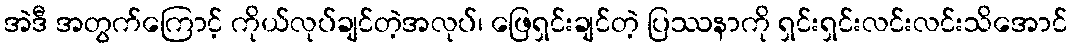
အဲဒီ အတွက်ကြောင့် ကိုယ်လုပ်ချင်တဲ့အလုပ်၊ ဖြေရှင်းချင်တဲ့ ပြဿနာကို ရှင်းရှင်းလင်းလင်းသိအောင်